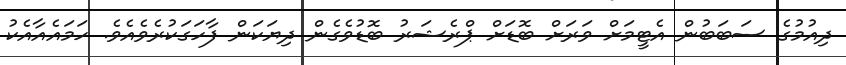
ދިއުމުގެ ސަބަބުން އެޓީމަށް ވަރަށް ބޮޑަށް ޕްރެޝަރު ބޮޑުވެގެން ދިޔަކަން ފާހަގަކުރެވެއެވެ. ހަމައެއާއެކު